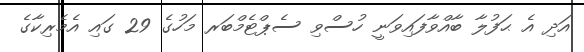
އަދި އެ ޙަފުލާ ބާއްވާފައިވަނީ ހުސްވި ސެޕްޓެމްބަރ މަހުގެ 29 ގައި އެމެރިކާގެ